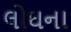
લોઘના